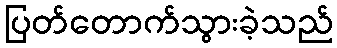
ပြတ်တောက်သွားခဲ့သည်